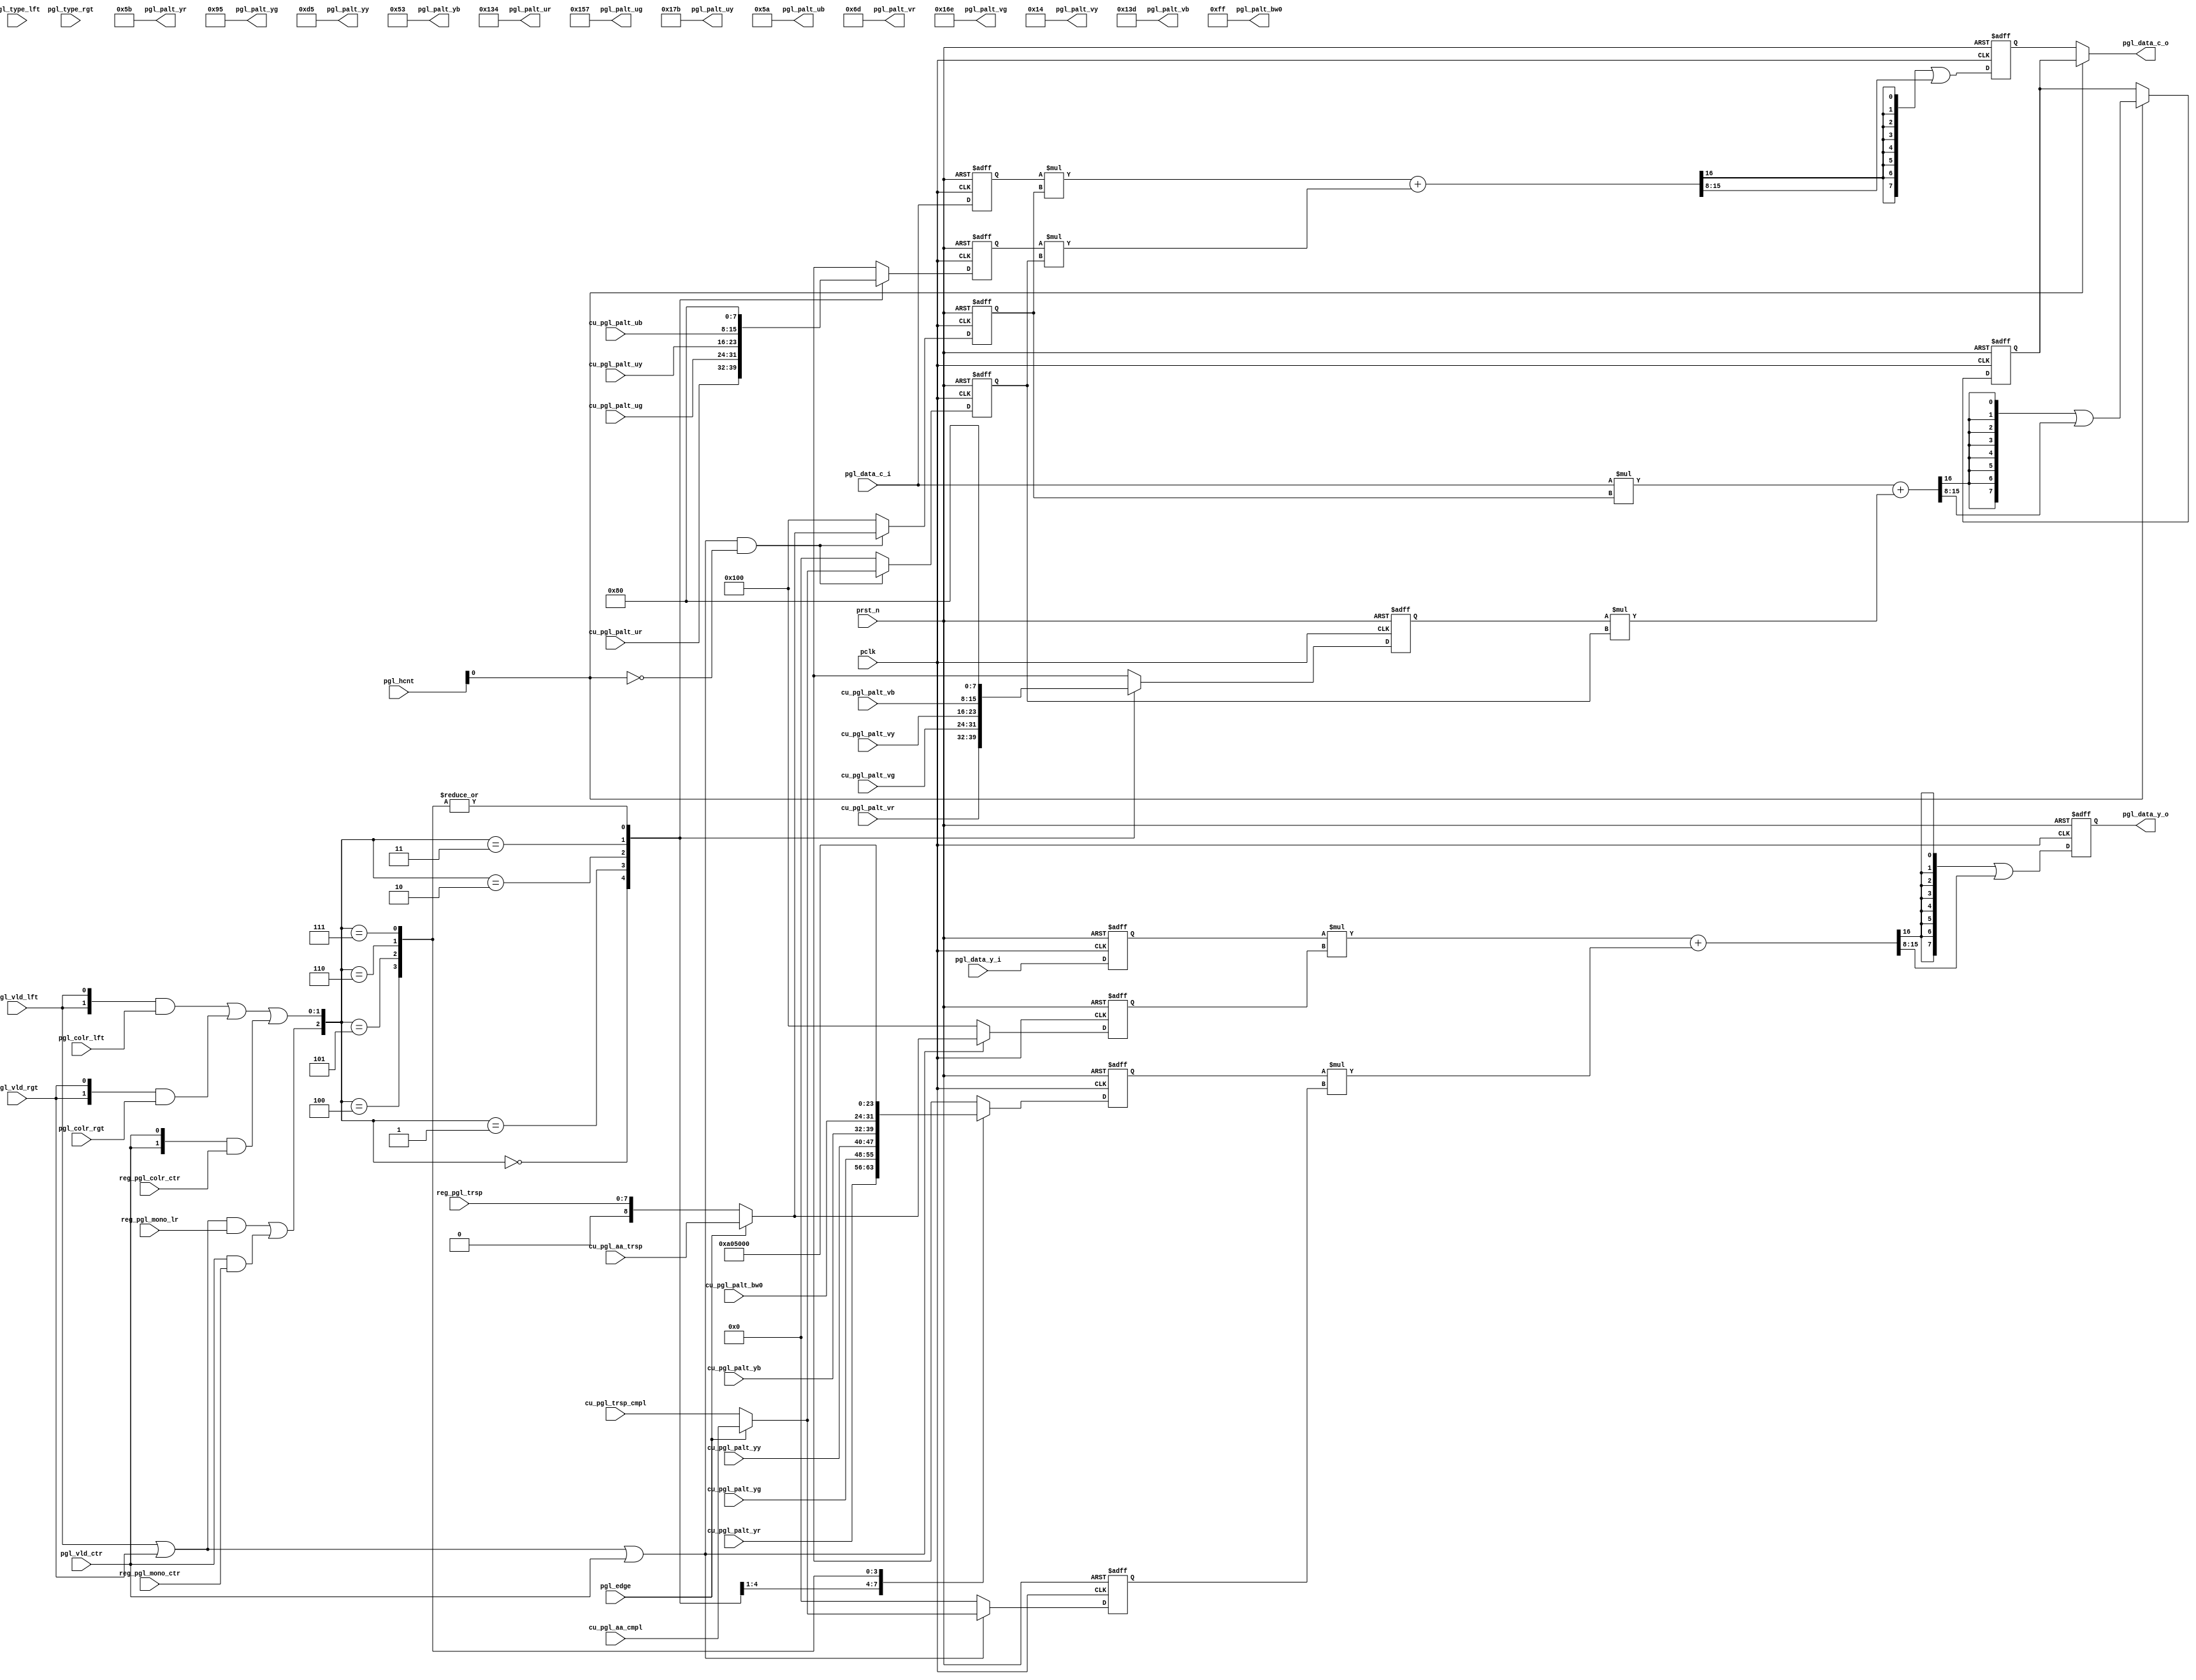
// +FHDR -----------------------------------------------------------------------
// Copyright (c) Silicon Optronics. Inc. 2015
//
// Version:             $Revision$
// Last Modified By:    $Author$
//
// File Description:    Parking Guideline data-path module
//
// Clock Domain:
// -FHDR -----------------------------------------------------------------------

module  pgl_dp

    #(
      parameter             XWID        = 10
     )
(
//----------------------------------------------//
// Output declaration                           //
//----------------------------------------------//

output reg  [ 7:0]          pgl_data_y_o,       // Y data after PGL blending
output      [ 7:0]          pgl_data_c_o,       // C data after PGL blending
output      [ 7:0]          pgl_palt_yr,        // Y color palette table: red
output      [ 7:0]          pgl_palt_yg,        // Y color palette table: green
output      [ 7:0]          pgl_palt_yy,        // Y color palette table: yellow
output      [ 7:0]          pgl_palt_yb,        // Y color palette table: blue
output      [ 7:0]          pgl_palt_bw0,       // Y color palette table: white
output      [ 8:0]          pgl_palt_ur,        // U color palette table: red
output      [ 8:0]          pgl_palt_ug,        // U color palette table: green
output      [ 8:0]          pgl_palt_uy,        // U color palette table: yellow
output      [ 8:0]          pgl_palt_ub,        // U color palette table: blue
output      [ 8:0]          pgl_palt_vr,        // V color palette table: red
output      [ 8:0]          pgl_palt_vg,        // V color palette table: green
output      [ 8:0]          pgl_palt_vy,        // V color palette table: yellow
output      [ 8:0]          pgl_palt_vb,        // V color palette table: blue

//----------------------------------------------//
// Input declaration                            //
//----------------------------------------------//

input       [ 7:0]          pgl_data_y_i,       // Data Y
input       [ 7:0]          pgl_data_c_i,       // Data Cb/Cr
input       [XWID-1:0]      pgl_hcnt,           // PGL h-counter
input                       pgl_vld_lft,        // PGL valid @ left
input                       pgl_vld_rgt,        // PGL valid @ right
input                       pgl_vld_ctr,        // PGL valid @ center
input                       pgl_edge,           // PGL line edge
input       [ 1:0]          pgl_type_lft,       // PGL segment type @ left
input       [ 1:0]          pgl_type_rgt,       // PGL segment type @ right
input       [ 1:0]          pgl_colr_lft,       // PGL segment color index @ left
input       [ 1:0]          pgl_colr_rgt,       // PGL segment color index @ right

input       [ 7:0]          cu_pgl_palt_yr,     // Y color palette: red
input       [ 7:0]          cu_pgl_palt_yg,     // Y color palette: green
input       [ 7:0]          cu_pgl_palt_yy,     // Y color palette: yellow
input       [ 7:0]          cu_pgl_palt_yb,     // Y color palette: blue
input       [ 7:0]          cu_pgl_palt_bw0,    // Y color palette: white
input       [ 7:0]          cu_pgl_palt_ur,     // U color palette: red
input       [ 7:0]          cu_pgl_palt_ug,     // U color palette: green
input       [ 7:0]          cu_pgl_palt_uy,     // U color palette: yellow
input       [ 7:0]          cu_pgl_palt_ub,     // U color palette: blue
input       [ 7:0]          cu_pgl_palt_vr,     // V color palette: red
input       [ 7:0]          cu_pgl_palt_vg,     // V color palette: green
input       [ 7:0]          cu_pgl_palt_vy,     // V color palette: yellow
input       [ 7:0]          cu_pgl_palt_vb,     // V color palette: blue
input       [ 8:0]          cu_pgl_aa_trsp,     // PGL anti-alias line edge color transpancy
input       [ 8:0]          cu_pgl_aa_cmpl,     // complement of cu_pgl_aa_trsp
input       [ 8:0]          cu_pgl_trsp_cmpl,   // complement of reg_pgl_trsp

input                       reg_pgl_mono_lr,    // PGL mono style color palette @ Left/right
input                       reg_pgl_mono_ctr,   // PGL mono style color palette @ center
input       [ 1:0]          reg_pgl_colr_ctr,   // PGL line color @ center
input       [ 7:0]          reg_pgl_trsp,       // PGL transparency factor

input                       pclk,               // pixel clock
input                       prst_n              // low active reset for pclk domain
);

//----------------------------------------------//
// Local Parameter                              //
//----------------------------------------------//

localparam                  PALT_R      = 3'b000,   // Red
                            PALT_G      = 3'b001,   // Green
                            PALT_Y      = 3'b010,   // Yellow
                            PALT_B      = 3'b011,   // Blue
                            PALT_BW0    = 3'b100,   // White
                            PALT_BW1    = 3'b101,   // Gray 0
                            PALT_BW2    = 3'b110,   // Gray 1
                            PALT_BW3    = 3'b111;   // Black

//----------------------------------------------//
// Register declaration                         //
//----------------------------------------------//
reg         [ 7:0]          data_u_val;         // data U value after blending
reg         [ 7:0]          data_v_val;         // data V value after blending
reg         [ 8:0]          y_trsp;             // PGL-Y transpancy
reg         [ 8:0]          y_trsp_cmpl;        // PGL-Y transpancy complement (1.0 - pgl_trsp)
reg         [ 8:0]          c_trsp;             // PGL-C transpancy
reg         [ 8:0]          c_trsp_cmpl;        // PGL-C transpancy complement (1.0 - pgl_trsp)
reg         [ 7:0]          palt_y;             // current PGL palette Y value
reg         [ 7:0]          palt_u;             // current PGL palette U value
reg         [ 7:0]          palt_v;             // current PGL palette V value
reg         [ 7:0]          pgl_data_y_q1;      // 1T delay of pgl_data_y_i
reg         [ 7:0]          pgl_data_c_q1;      // 1T delay of pgl_data_c_i

//
reg         [ 7:0]          palt_y_nxt;         //
reg         [ 7:0]          palt_u_nxt;         //
reg         [ 7:0]          palt_v_nxt;         //
wire        [ 7:0]          pgl_data_y_o_nxt;   //
wire        [ 8:0]          y_trsp_nxt;         //
wire        [ 8:0]          y_trsp_cmpl_nxt;    //
wire        [ 8:0]          c_trsp_nxt;         //
wire        [ 8:0]          c_trsp_cmpl_nxt;    //

//----------------------------------------------//
// Wire declaration                             //
//----------------------------------------------//
wire        [16:0]          pgl_data_y_mix;     // PGL blending Y
wire        [16:0]          pgl_data_u_mix;     // PGL blending U
wire        [16:0]          pgl_data_v_mix;     // PGL blending U
wire                        pgl_vld;            // PGL valid interval
wire                        palt_mono;          // current PGL mono attribute
wire        [ 1:0]          palt_indx;          // current PGL color palette index
wire        [ 7:0]          pgl_palt_bw1;       // Y color palette table: black-white 1
wire        [ 7:0]          pgl_palt_bw2;       // Y color palette table: black-white 2
wire        [ 7:0]          pgl_palt_bw3;       // Y color palette table: black-white 3

wire        [ 7:0]          data_u_val_nxt;
wire        [ 7:0]          data_v_val_nxt;

//----------------------------------------------//
// Code Descriptions                            //
//----------------------------------------------//

// PGL overlapping
// 9.8 = 8. * 1.8 + 8. * 1.8
assign  pgl_data_y_mix   = pgl_data_y_q1 * y_trsp + palt_y * y_trsp_cmpl;
assign  pgl_data_y_o_nxt = {8{pgl_data_y_mix[16]}} | pgl_data_y_mix[8 +: 8];

assign  pgl_data_u_mix   = pgl_data_c_q1 * c_trsp + palt_u * c_trsp_cmpl;
assign  data_u_val_nxt   = {8{pgl_data_u_mix[16]}} | pgl_data_u_mix[8 +: 8];

assign  pgl_data_v_mix   = pgl_data_c_i  * c_trsp + palt_v * c_trsp_cmpl;
assign  data_v_val_nxt   = pgl_hcnt[0] ? {8{pgl_data_v_mix[16]}} | pgl_data_v_mix[8 +: 8] : data_v_val;

assign  pgl_data_c_o     = ~pgl_hcnt[0] ? data_u_val : data_v_val;

// PGL valid range
assign  pgl_vld = pgl_vld_lft | pgl_vld_rgt | pgl_vld_ctr;

// PGL transpancy
assign  y_trsp_nxt = pgl_vld ?                (pgl_edge ? cu_pgl_aa_trsp : {1'b0, reg_pgl_trsp})  : 9'h100;
assign  c_trsp_nxt = pgl_vld & ~pgl_hcnt[0] ? (pgl_edge ? cu_pgl_aa_trsp : {1'b0, reg_pgl_trsp})  : 9'h100;

assign  y_trsp_cmpl_nxt = pgl_vld                ? (pgl_edge ? cu_pgl_aa_cmpl : cu_pgl_trsp_cmpl) : 9'h0;
assign  c_trsp_cmpl_nxt = pgl_vld & ~pgl_hcnt[0] ? (pgl_edge ? cu_pgl_aa_cmpl : cu_pgl_trsp_cmpl) : 9'h0;

// PGL Color
assign  palt_mono = ((pgl_vld_lft | pgl_vld_rgt) & reg_pgl_mono_lr) |
                     (pgl_vld_ctr & reg_pgl_mono_ctr);
assign  palt_indx = ({2{pgl_vld_lft}} & pgl_colr_lft) |
                    ({2{pgl_vld_rgt}} & pgl_colr_rgt) |
                    ({2{pgl_vld_ctr}} & reg_pgl_colr_ctr);

always @* begin: plat_mux

   palt_y_nxt = 0;
   palt_u_nxt = 0;
   palt_v_nxt = 0;

   case ({palt_mono, palt_indx})
   PALT_R: begin
           palt_y_nxt = cu_pgl_palt_yr;
           palt_u_nxt = cu_pgl_palt_ur;
           palt_v_nxt = cu_pgl_palt_vr;
           end
   PALT_G: begin
           palt_y_nxt = cu_pgl_palt_yg;
           palt_u_nxt = cu_pgl_palt_ug;
           palt_v_nxt = cu_pgl_palt_vg;
           end
   PALT_Y: begin
           palt_y_nxt = cu_pgl_palt_yy;
           palt_u_nxt = cu_pgl_palt_uy;
           palt_v_nxt = cu_pgl_palt_vy;
           end
   PALT_B: begin
           palt_y_nxt = cu_pgl_palt_yb;
           palt_u_nxt = cu_pgl_palt_ub;
           palt_v_nxt = cu_pgl_palt_vb;
           end
   PALT_BW0: begin
           palt_y_nxt = cu_pgl_palt_bw0;
           palt_u_nxt = 128;
           palt_v_nxt = 128;
           end
   PALT_BW1: begin
           palt_y_nxt = pgl_palt_bw1;
           palt_u_nxt = 128;
           palt_v_nxt = 128;
           end
   PALT_BW2: begin
           palt_y_nxt = pgl_palt_bw2;
           palt_u_nxt = 128;
           palt_v_nxt = 128;
           end
   PALT_BW3: begin
           palt_y_nxt = pgl_palt_bw3;
           palt_u_nxt = 128;
           palt_v_nxt = 128;
           end
   endcase
end

// Color Palette Table
// -----------------------------------------------
assign  pgl_palt_yr  = 8'h5b;
assign  pgl_palt_ur  = 9'h134;
assign  pgl_palt_vr  = 9'h6d;
assign  pgl_palt_yg  = 8'h95;
assign  pgl_palt_ug  = 9'h157;
assign  pgl_palt_vg  = 9'h16e;
assign  pgl_palt_yy  = 8'hd5;
assign  pgl_palt_uy  = 9'h17b;
assign  pgl_palt_vy  = 9'h14;
assign  pgl_palt_yb  = 8'h53;
assign  pgl_palt_ub  = 9'h5a;
assign  pgl_palt_vb  = 9'h13d;

assign  pgl_palt_bw0 = 8'hff;
assign  pgl_palt_bw1 = 8'ha0;
assign  pgl_palt_bw2 = 8'h50;
assign  pgl_palt_bw3 = 8'h00;

// ---------- Sequential Logic -----------------//

always @(posedge pclk or negedge prst_n) begin
   if (~prst_n) begin
      pgl_data_y_o      <= 0;
      data_u_val        <= 0;
      data_v_val        <= 0;
      y_trsp            <= 0;
      y_trsp_cmpl       <= 0;
      c_trsp            <= 0;
      c_trsp_cmpl       <= 0;
      palt_y            <= 0;
      palt_u            <= 0;
      palt_v            <= 0;
      pgl_data_y_q1     <= 0;
      pgl_data_c_q1     <= 0;
   end
   else begin
      pgl_data_y_o      <= pgl_data_y_o_nxt;
      data_u_val        <= data_u_val_nxt;
      data_v_val        <= data_v_val_nxt;
      y_trsp            <= y_trsp_nxt;
      y_trsp_cmpl       <= y_trsp_cmpl_nxt;
      c_trsp            <= c_trsp_nxt;
      c_trsp_cmpl       <= c_trsp_cmpl_nxt;
      palt_y            <= palt_y_nxt;
      palt_u            <= palt_u_nxt;
      palt_v            <= palt_v_nxt;
      pgl_data_y_q1     <= pgl_data_y_i;
      pgl_data_c_q1     <= pgl_data_c_i;
   end
end


endmodule